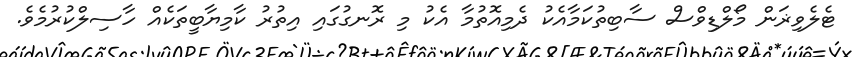
ޓެލެވިޜަން މޯލްޑިވްސް ސާބިތުކަމާއެކު ދެމިއޮތުމާ އެކު މި ރޮނގުގައި އިތުރު ކާމިޔާބީތަކެއް ހާސިލްކުރުމެވެ.